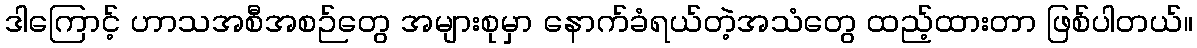
ဒါကြောင့် ဟာသအစီအစဉ်တွေ အများစုမှာ နောက်ခံရယ်တဲ့အသံတွေ ထည့်ထားတာ ဖြစ်ပါတယ်။